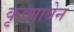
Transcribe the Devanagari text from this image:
कृष्णाबेन